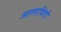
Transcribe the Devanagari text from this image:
आलापितो